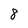
Character: 8